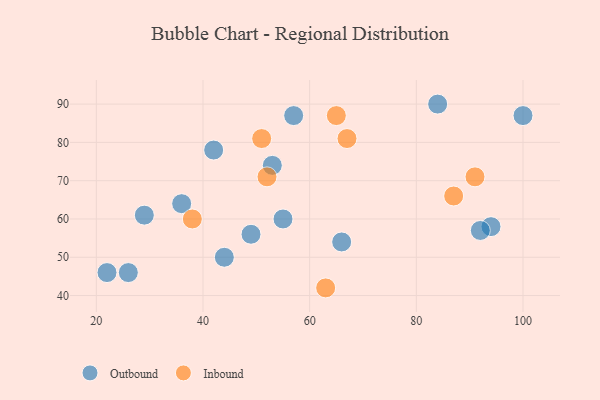
{"axis": {"x": "GDP", "y": "Life Expectancy"}, "legend": ["Inbound", "Outbound"], "data": [{"x": "22", "y": 46, "type": "Outbound"}, {"x": "49", "y": 56, "type": "Outbound"}, {"x": "100", "y": 87, "type": "Outbound"}, {"x": "55", "y": 60, "type": "Outbound"}, {"x": "57", "y": 87, "type": "Outbound"}, {"x": "36", "y": 64, "type": "Outbound"}, {"x": "29", "y": 61, "type": "Outbound"}, {"x": "84", "y": 90, "type": "Outbound"}, {"x": "42", "y": 78, "type": "Outbound"}, {"x": "66", "y": 54, "type": "Outbound"}, {"x": "94", "y": 58, "type": "Outbound"}, {"x": "53", "y": 74, "type": "Outbound"}, {"x": "44", "y": 50, "type": "Outbound"}, {"x": "26", "y": 46, "type": "Outbound"}, {"x": "92", "y": 57, "type": "Outbound"}, {"x": "51", "y": 81, "type": "Inbound"}, {"x": "65", "y": 87, "type": "Inbound"}, {"x": "38", "y": 60, "type": "Inbound"}, {"x": "67", "y": 81, "type": "Inbound"}, {"x": "87", "y": 66, "type": "Inbound"}, {"x": "63", "y": 42, "type": "Inbound"}, {"x": "91", "y": 71, "type": "Inbound"}, {"x": "52", "y": 71, "type": "Inbound"}]}